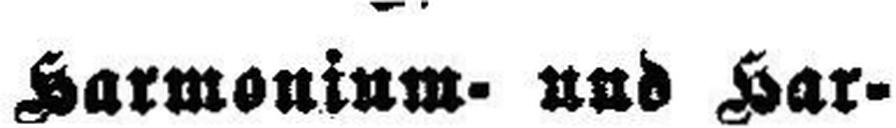
Harmonium- und Har¬